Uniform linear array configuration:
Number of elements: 12
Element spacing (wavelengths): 0.75
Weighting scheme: hann
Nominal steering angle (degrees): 60
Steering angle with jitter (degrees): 59.557
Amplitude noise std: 0.05
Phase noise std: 0.05

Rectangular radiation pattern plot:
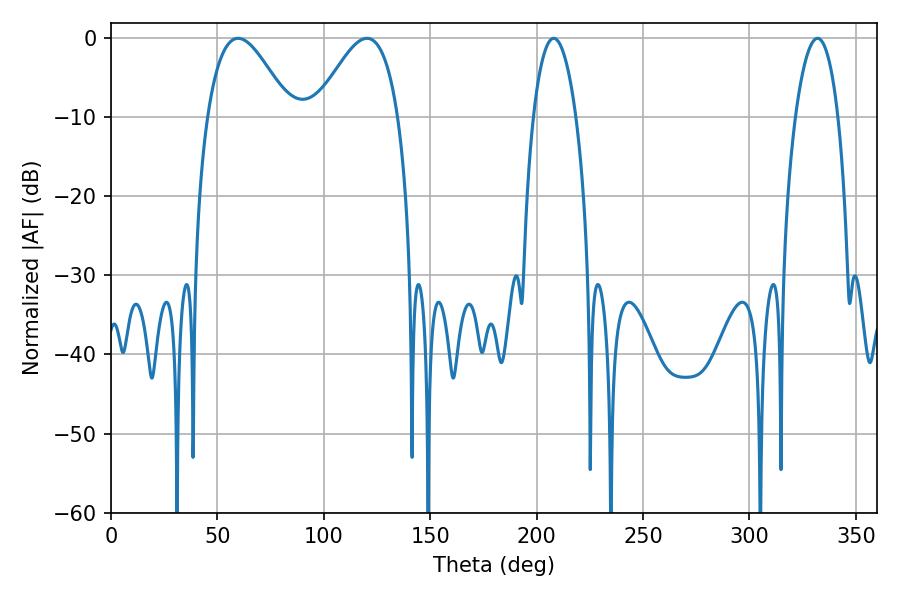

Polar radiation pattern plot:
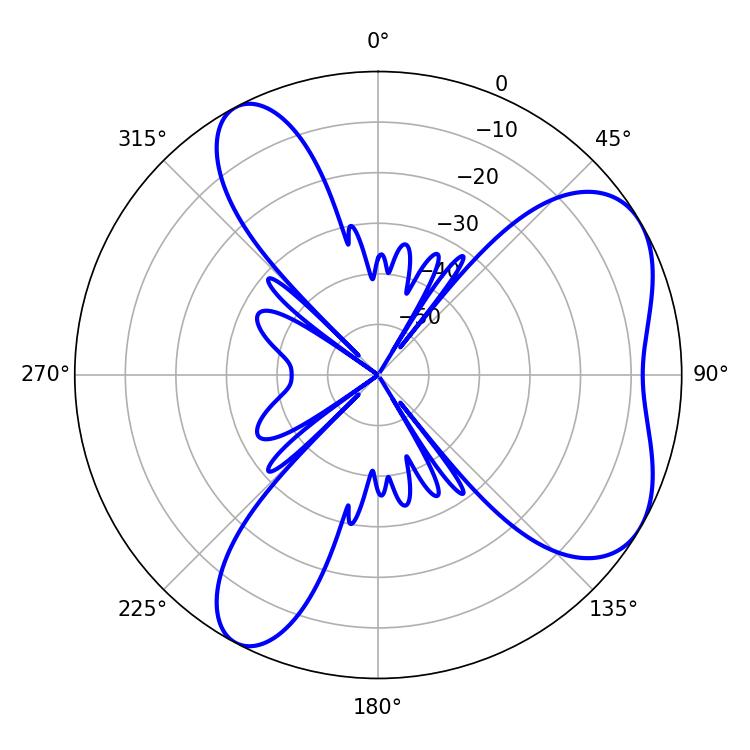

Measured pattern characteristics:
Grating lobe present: TRUE
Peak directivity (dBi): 5.772
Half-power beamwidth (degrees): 21.06
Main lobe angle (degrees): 59.76